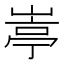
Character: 𡺣